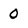
Character: 0